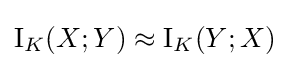
\operatorname {I} _{K}(X;Y)\approx \operatorname {I} _{K}(Y;X)